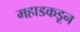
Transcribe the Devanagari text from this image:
महाडकडून